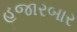
હજારબાર